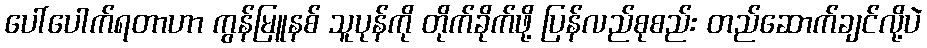
ပေါ်ပေါက်ရတာဟာ ကွန်မြူနစ် သူပုန်ကို တိုက်ခိုက်ဖို့ ပြန်လည်စုစည်း တည်ဆောက်ချင်လို့ပဲ